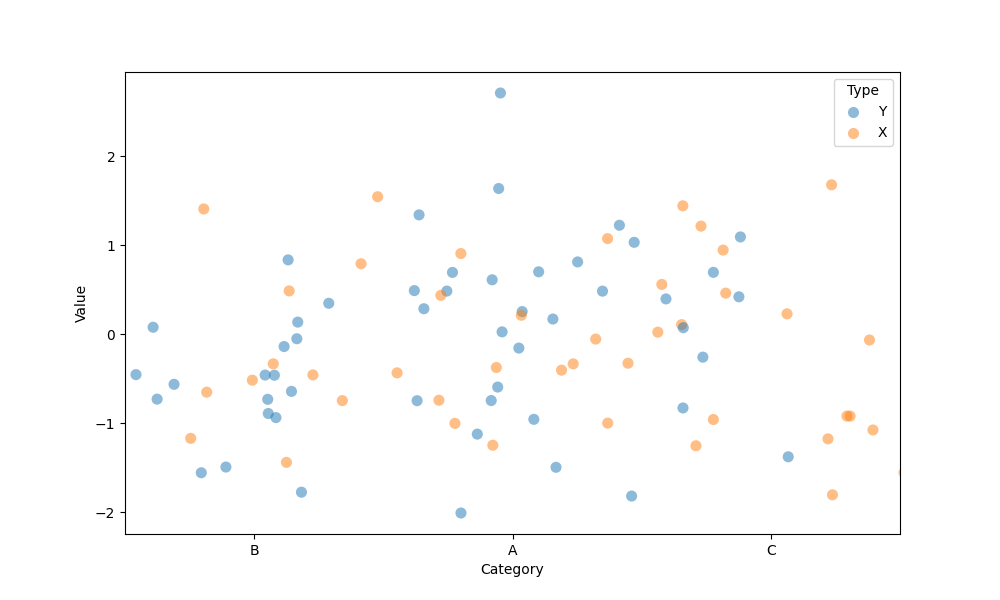
python, seaborn, stripplot, jitter=True, dodge=True, alpha=0.5, size=8